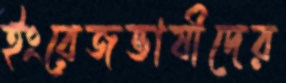
ইংরেজভাষীদের